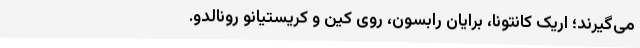
می‌گیرند؛ اریک کانتونا، برایان رابسون، روی کین و کریستیانو رونالدو.